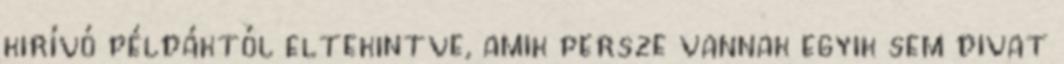
kirívó példáktól eltekintve, amik persze vannak egyik sem divat